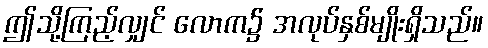
ဤသို့ကြည့်လျှင် လောက၌ အလုပ်နှစ်မျိုးရှိသည်။